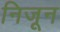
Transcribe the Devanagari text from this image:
निजून